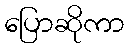
ပြောဆိုကာ